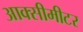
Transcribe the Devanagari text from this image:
आक्सीमीटर